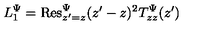
L _ { 1 } ^ { \Psi } = \mathrm { R e s } _ { z ^ { \prime } = z } ^ { \Psi } ( z ^ { \prime } - z ) ^ { 2 } T _ { z z } ^ { \Psi } ( z ^ { \prime } )